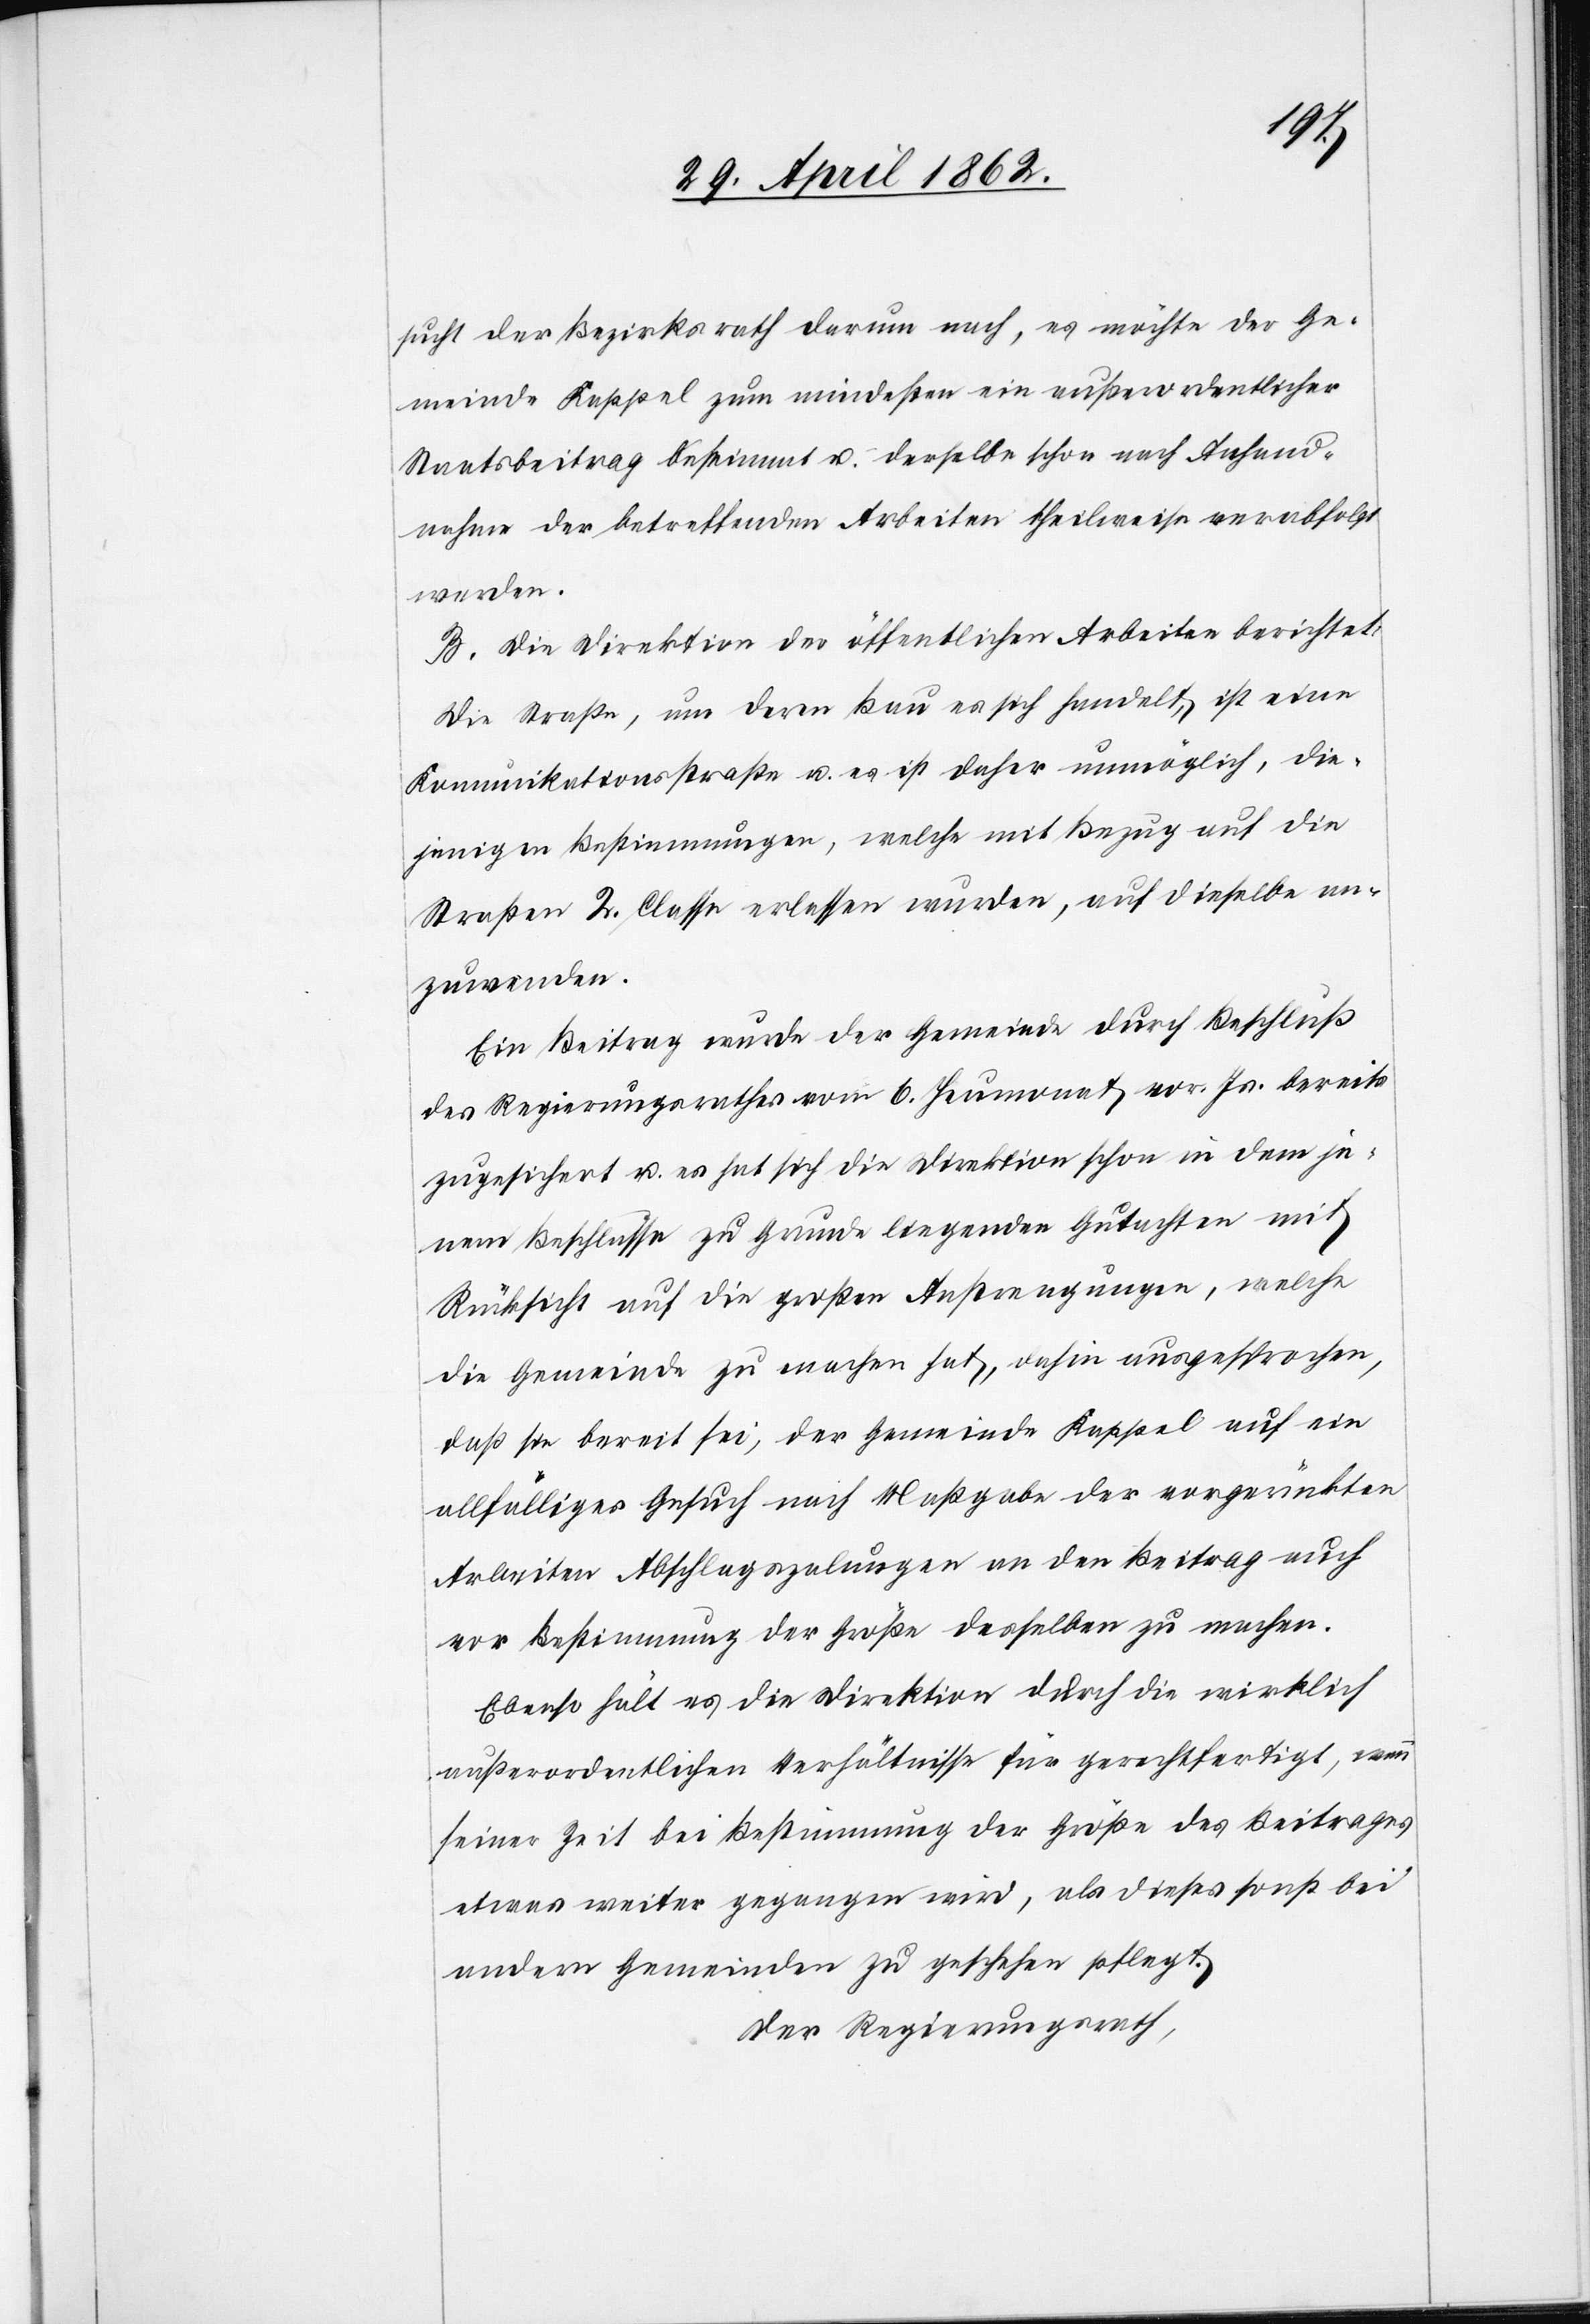
sucht der Bezirksrath darum nach, es möchte der Ge¬
meinde Kappel zum mindesten ein außerordentlicher
Staatsbeitrag bestimmt u. derselbe schon nach Anhand¬
nahme der betreffenden Arbeiten theilweise verabfolgt
werden.
B. Die Direktion der öffentlichen Arbeiten berichtet:
Die Straße, um deren Bau es sich handelt, ist eine
Kommunikationsstraße u. es ist daher unmöglich, die¬
jenigen Bestimmungen, welche mit Bezug auf die
Straßen 2. Classe erlassen wurden, auf dieselbe an¬
zuwenden.
Ein Beitrag wurde der Gemeinde durch Beschluß
des Regierungsrathes vom 6. Heumonat vor. Js. bereits
zugesichert u. es hat sich die Direktion schon in dem je¬
nem Beschlusse zu Grunde liegenden Gutachten mit
Rücksicht auf die großen Anstrengungen, welche
die Gemeinde zu machen hat, anhin ausgesprochen,
daß sie bereit sei, der Gemeinde Kappel auf ein
allfälliges Gesuch nach Maßgabe der vorgerückten
Arbeiten, Abschlagszalungen an den Beitrag auch
vor Bestimmung der Größe desselben zu machen.
Ebenso hält es die Direktion durch die wirklich
außerordentlichen Verhältnisse für gerechtfertigt, wenn
seiner Zeit bei Bestimmung der Größe des Beitrages
etwas weiter gegangen wird, als dieses sonst bei
andern Gemeinden zu geschehen pflegt.
Der Regierungsrath,